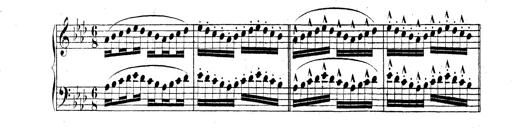
Title: Technische Studien
Composer: Franz Liszt